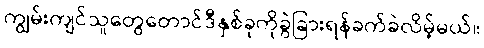
ကျွမ်းကျင်သူတွေတောင်ဒီနှစ်ခုကိုခွဲခြားရန်ခက်ခဲလိမ့်မယ်။